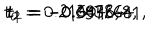
LaTeX: t _ { 0 } = 0 . 2 1 6 0 4 6 , \hspace { 5 m m } t _ { 1 } = - 0 . 3 4 3 2 6 8 , \hspace { 5 m m } t _ { 2 } = - 0 . 0 9 7 8 4 4 1 ,